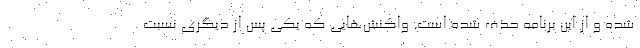
شده و از این برنامه حذف شده است. واکنش‌هایی که یکی پس از دیگری نسبت